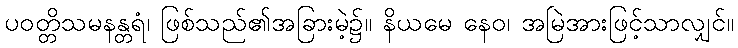
ပဝတ္တိသမနန္တရံ၊ ဖြစ်သည်၏အခြားမဲ့၌။ နိယမေ နေဝ၊ အမြဲအားဖြင့်သာလျှင်။